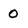
Character: 0